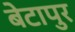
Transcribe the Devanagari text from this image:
बेटापुर